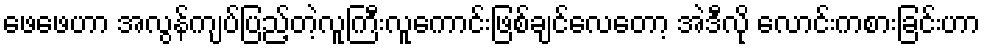
ဖေဖေဟာ အလွန်ကျပ်ပြည့်တဲ့လူကြီးလူကောင်းဖြစ်ချင်လေတော့ အဲဒီလို လောင်းကစားခြင်းဟာ